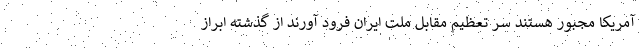
آمریکا مجبور هستند سر تعظیم مقابل ملت ایران فرود آورند از گذشته ابراز